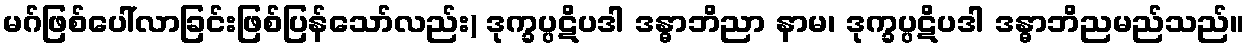
မဂ်ဖြစ်ပေါ်လာခြင်းဖြစ်ပြန်သော်လည်း) ဒုက္ခပ္ပဋိပဒါ ဒန္ဓာဘိညာ နာမ၊ ဒုက္ခပ္ပဋိပဒါ ဒန္ဓာဘိညမည်သည်။